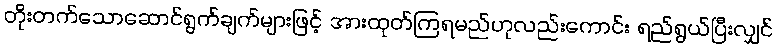
တိုးတက်သောဆောင်ရွက်ချက်များဖြင့် အားထုတ်ကြရမည်ဟုလည်းကောင်း ရည်ရွယ်ပြီးလျှင်